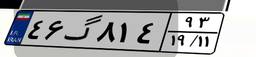
۴۶گ۸۱۴۹۳